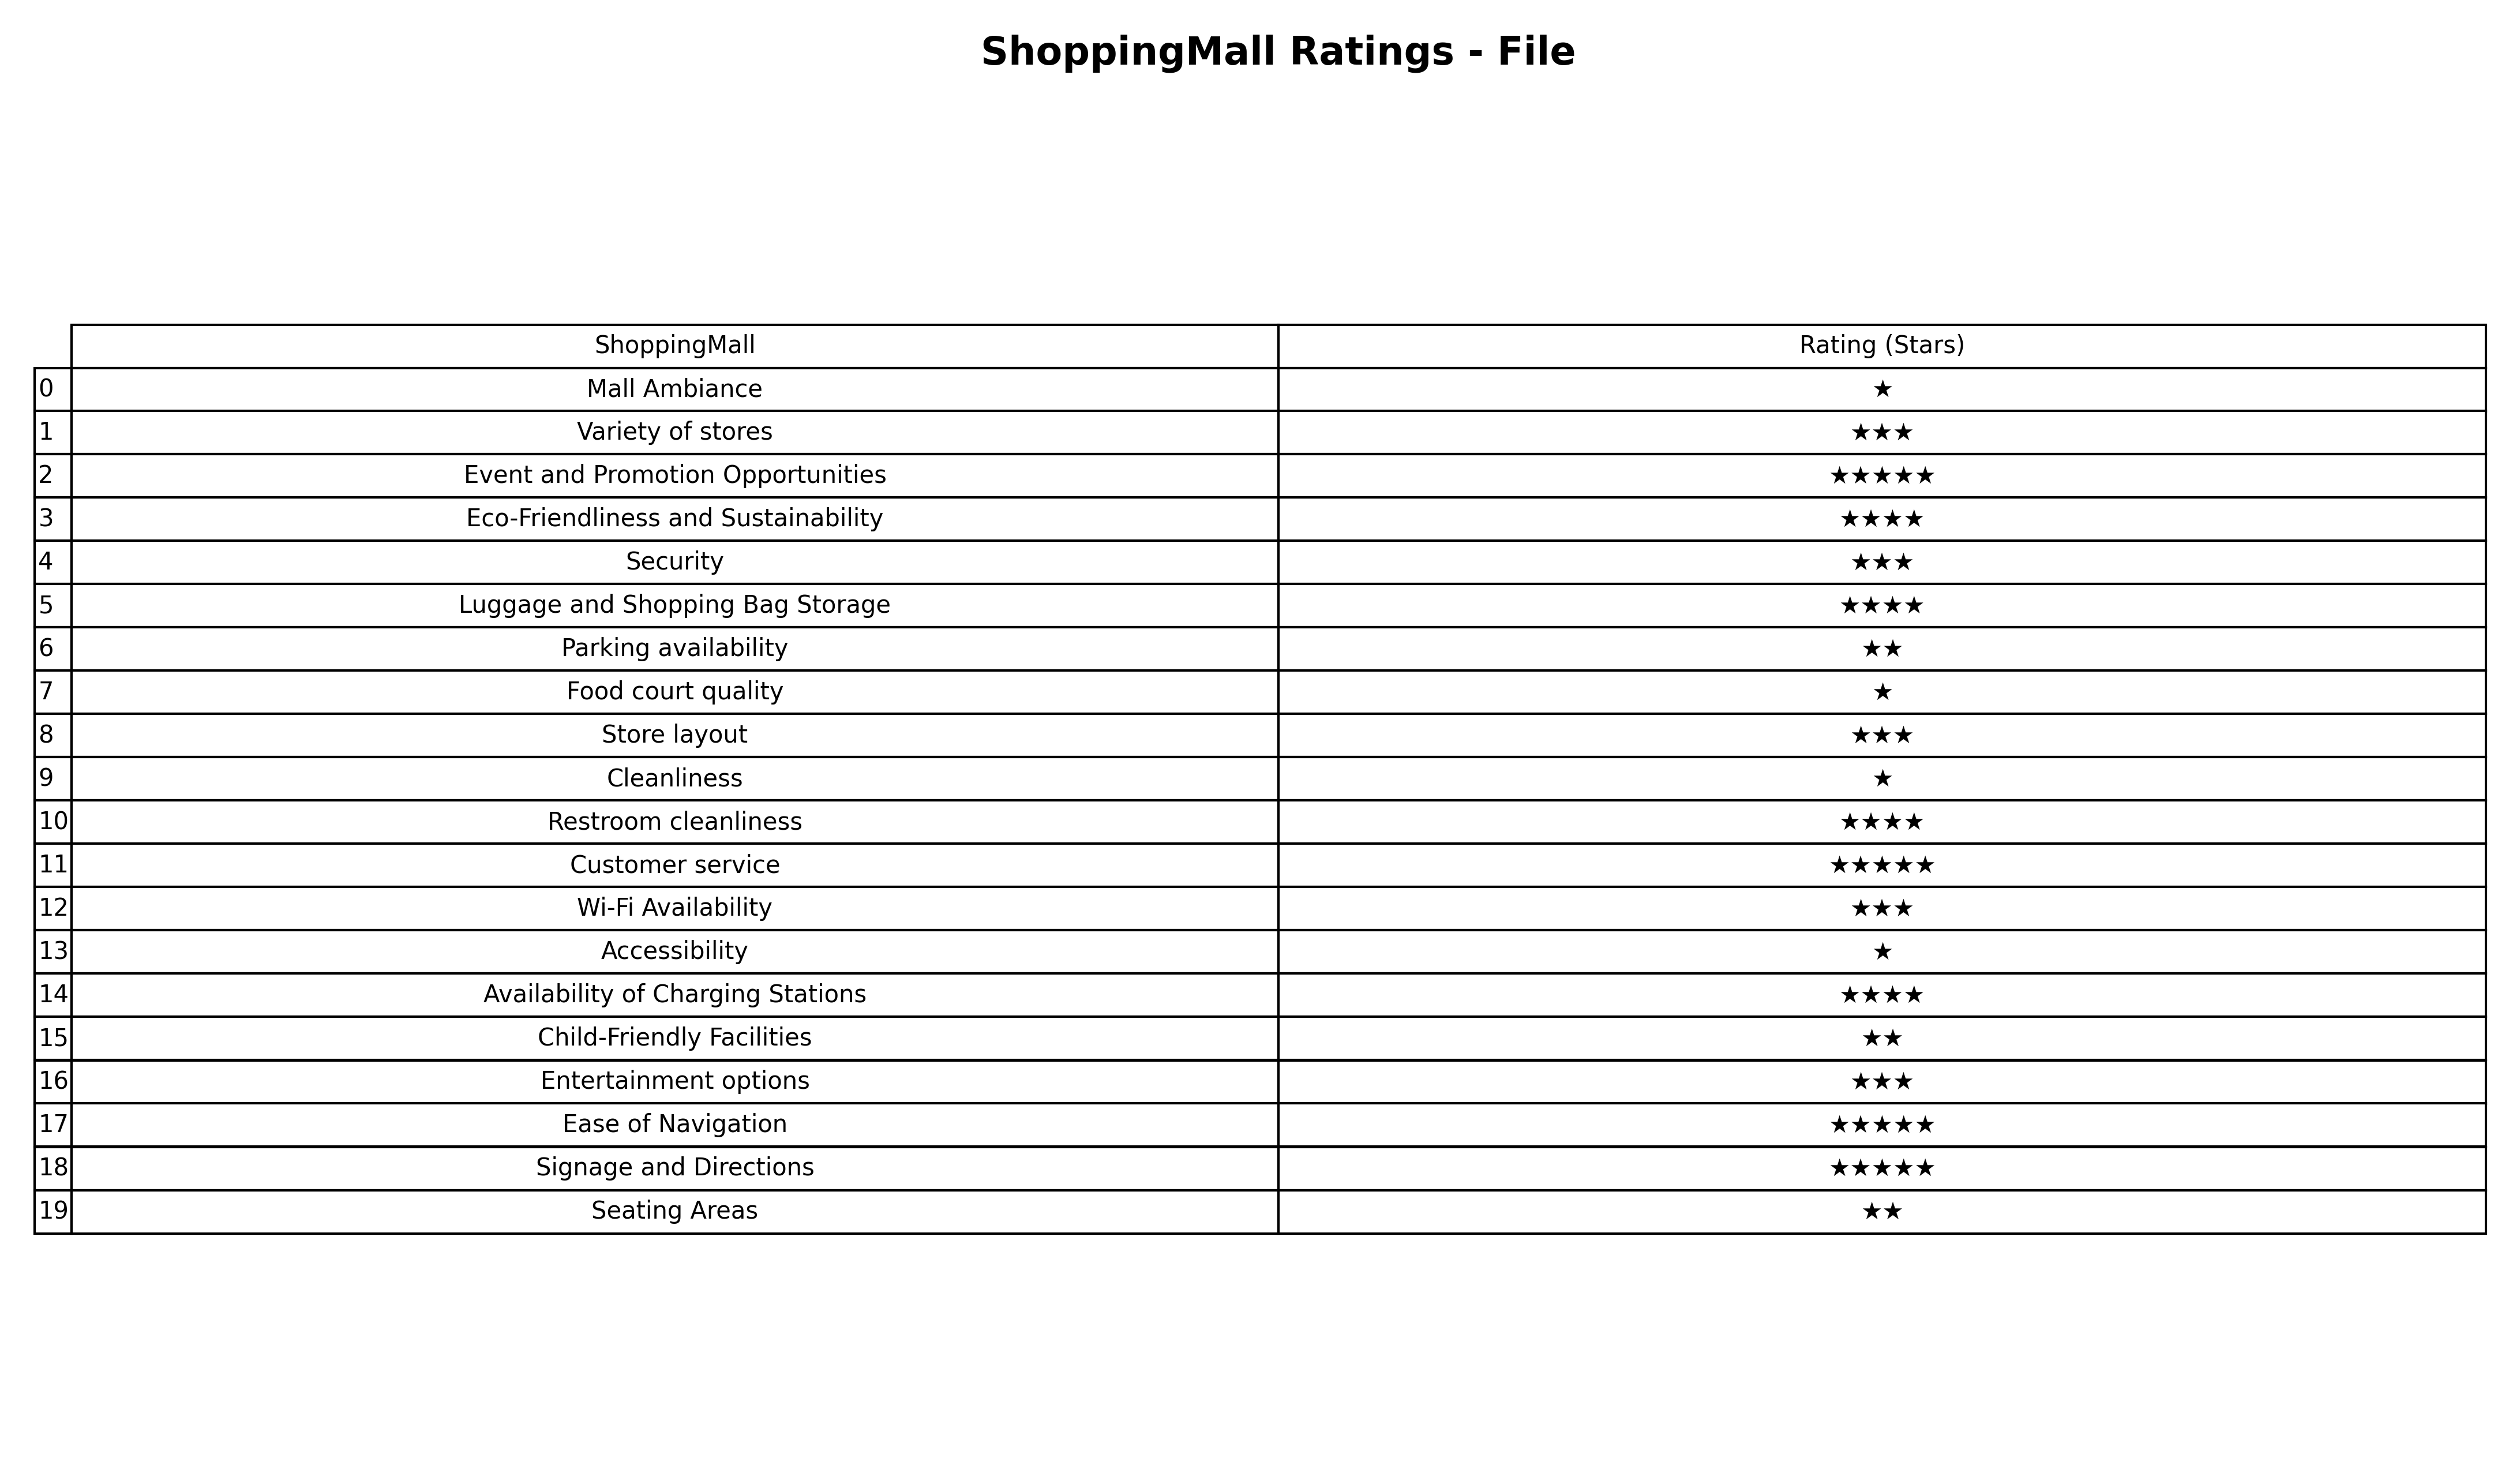
question: What are three star services?
answer: Variety of storesSecurityStore layoutWi-Fi AvailabilityEntertainment options